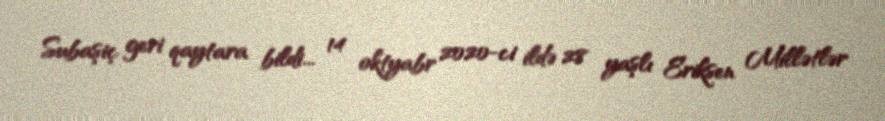
Subaşiç geri qaytara bildi... 14 oktyabr 2020-ci ildə 28 yaşlı Eriksen Millətlər